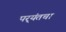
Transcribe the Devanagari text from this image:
पर्‍यंतचा